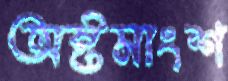
অষ্টমাংশ